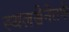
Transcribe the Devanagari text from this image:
स्थलसेनेतर्फे